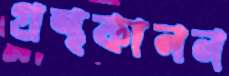
গ্রন্থকানন